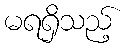
မရရှိသည့်